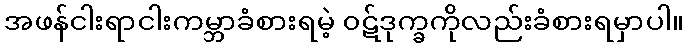
အဖန်ငါးရာငါးကမ္ဘာခံစားရမဲ့ ၀ဋ်ဒုက္ခကိုလည်းခံစားရမှာပါ။